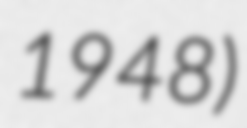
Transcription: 1948)